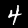
Digit: 4